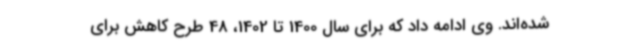
شده‌اند. وی ادامه داد که برای سال 1400 تا 1402، 48 طرح کاهش برای